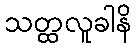
သတ္ထလူခါနိ